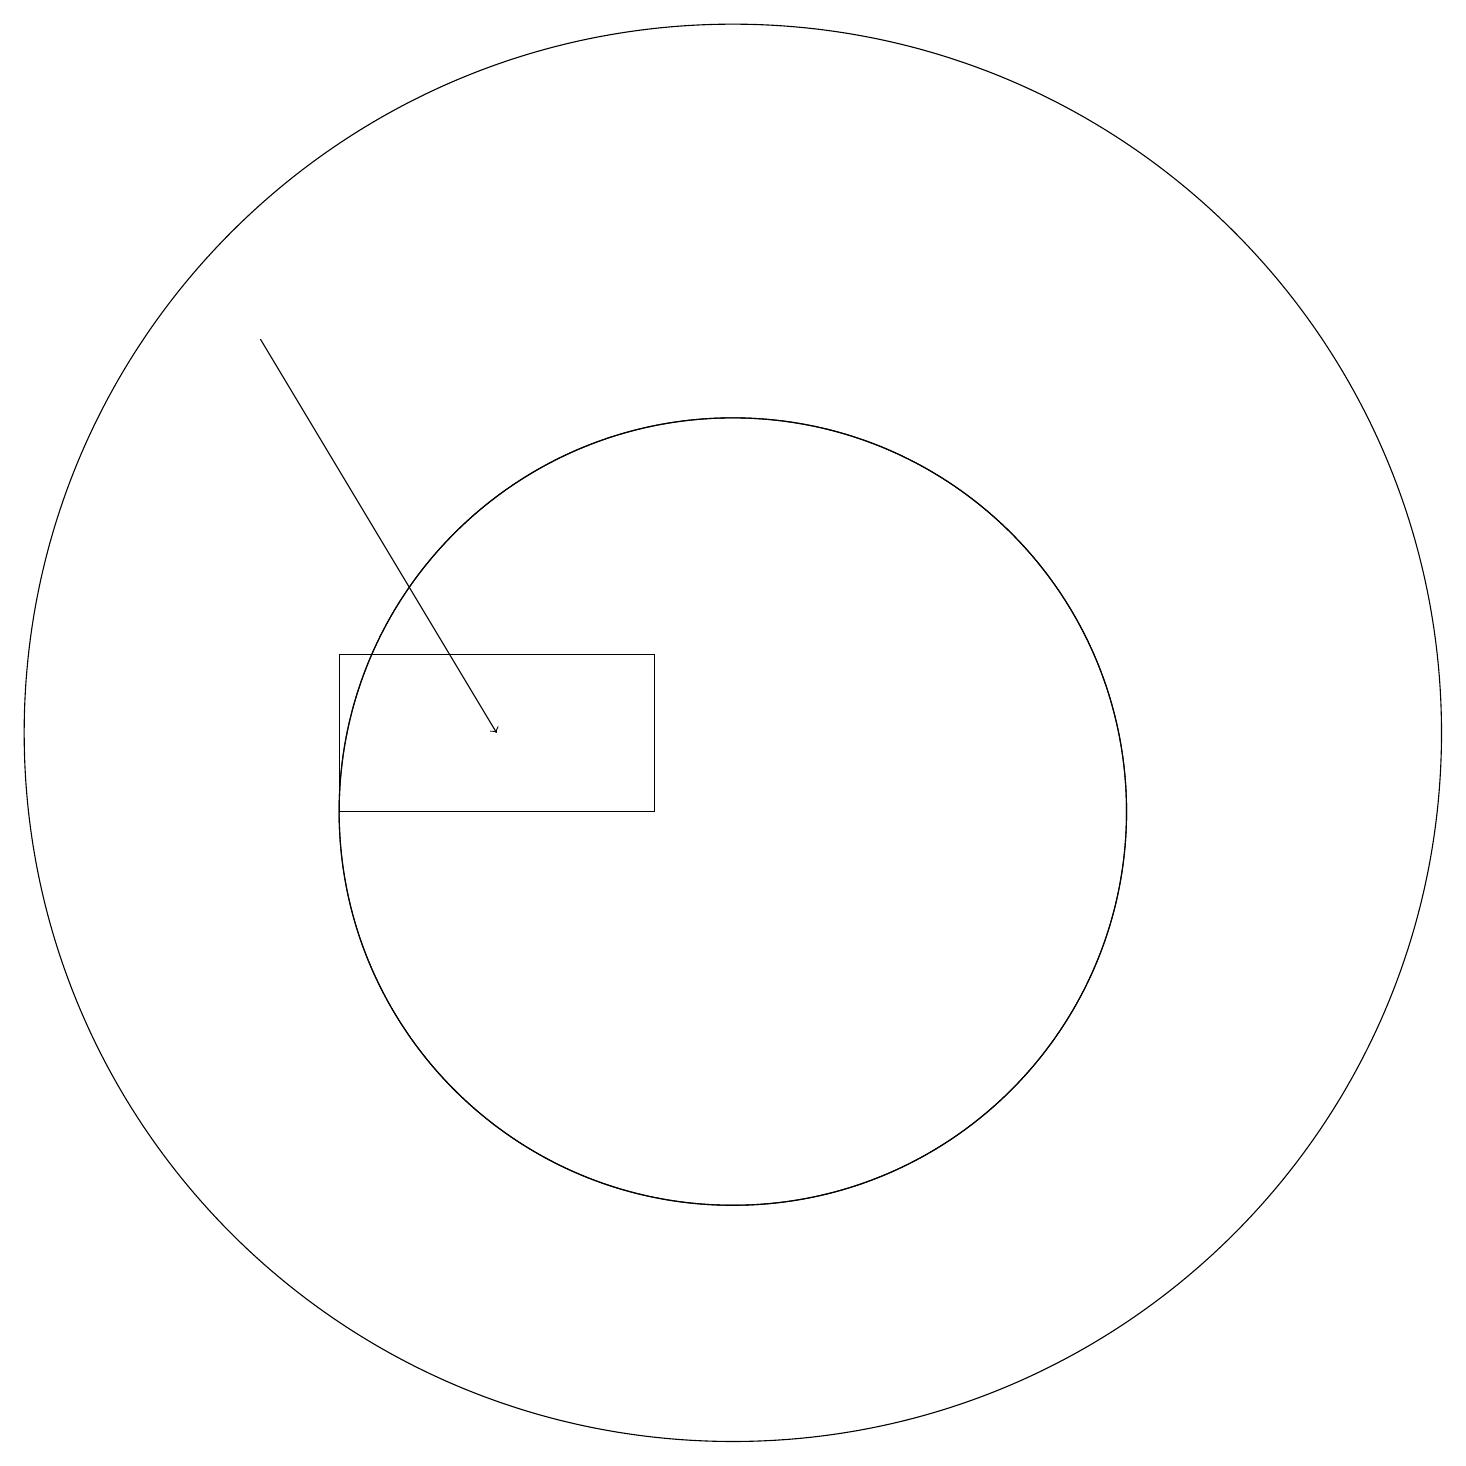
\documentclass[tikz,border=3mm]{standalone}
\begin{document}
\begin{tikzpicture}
\draw[->] (4,17) -- (7,12);
\draw (9,13) rectangle (5,11);
\draw (10,11) circle (5);
\draw (10,11) circle (5);
\draw (10,12) circle (9);
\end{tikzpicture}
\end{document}